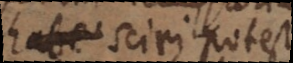
habe sciri potest